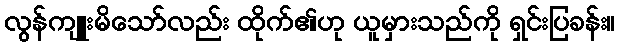
လွန်ကျူးမိသော်လည်း ထိုက်၏ဟု ယူမှားသည်ကို ရှင်းပြခန်း။